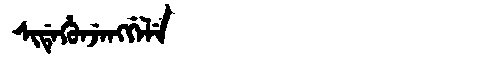
Manchu: ᠰᡳᡩᡝᡥᡠᠨᠵᡝᠩᡤᡝᠯᡝ
Romanization: SIDEHUNJENGGELE